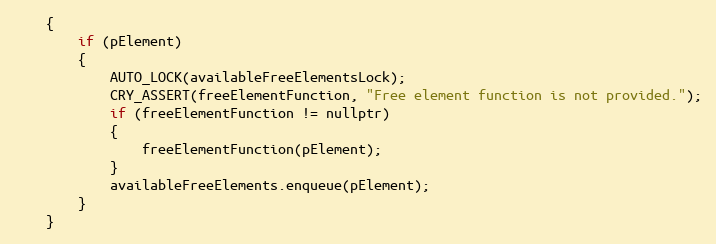
Language: C
	{
		if (pElement)
		{
			AUTO_LOCK(availableFreeElementsLock);
			CRY_ASSERT(freeElementFunction, "Free element function is not provided.");
			if (freeElementFunction != nullptr)
			{
				freeElementFunction(pElement);
			}
			availableFreeElements.enqueue(pElement);
		}
	}